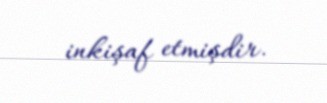
inkişaf etmişdir.